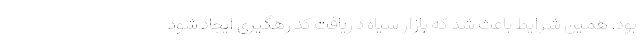
بود. همین شرایط باعث شد که بازار سیاه د ریافت کد رهگیری ایجاد شود